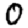
Digit: 0